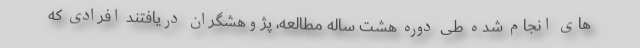
های انجام شده طی دوره هشت ساله مطالعه، پژوهشگران دریافتند افرادی که